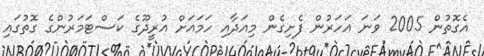
އެގޮތުން 2005 ވަނަ އަހަރުން ފެށިގެން މިއަދާއި ހަމައަށް އުރީދޫގެ ކަސްޓަމަރުންގެ ގޮތުގައި